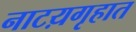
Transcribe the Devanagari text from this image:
नाटय़गृहात